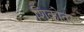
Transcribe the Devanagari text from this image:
शिकोतर